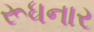
રૂધનાર